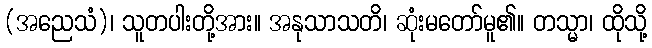
(အညေသံ)၊ သူတပါးတို့အား။ အနုသာသတိ၊ ဆုံးမတော်မူ၏။ တသ္မာ၊ ထိုသို့